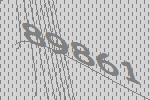
89861